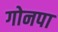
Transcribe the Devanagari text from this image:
गोनपा